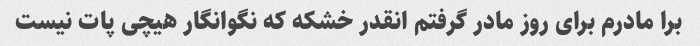
برا مادرم برای روز مادر گرفتم انقدر خشکه که نگوانگار هیچی پات نیست